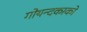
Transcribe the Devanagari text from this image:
गोयन्‍दकाको